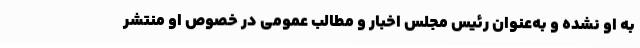
به او نشده و به‌عنوان رئیس مجلس اخبار و مطالب عمومی در خصوص او منتشر